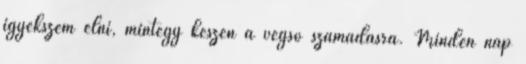
igyekszem élni, mintegy készen a végső számadásra. Minden nap